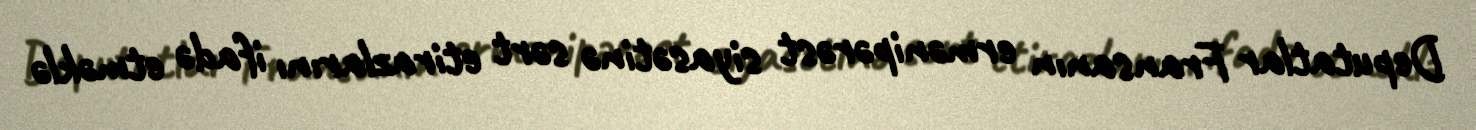
Deputatlar Fransanın ermənipərəst siyasətinə sərt etirazlarını ifadə etməklə